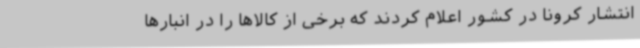
انتشار کرونا در کشور اعلام کردند که برخی از کالاها را در انبارها